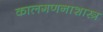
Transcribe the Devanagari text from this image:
कालगणनाशास्त्र